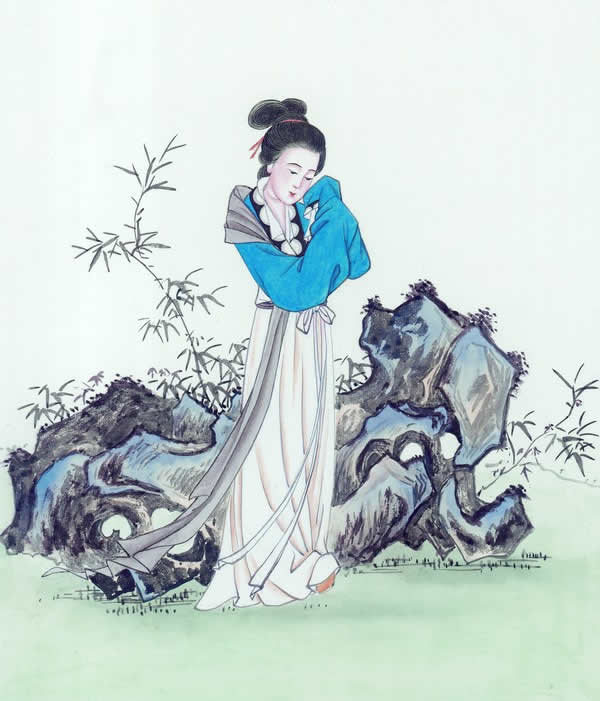
窈窕淑女，君子好逑。